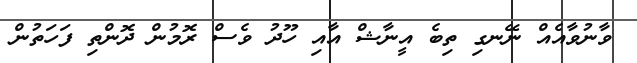
ވާނުވާއެއް ނޭނގި ތިބެ އީނާޝް އާއި ހޫދު ވެސް ރޮމުން ދޮންތި ފަހަތުން